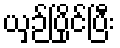
ယှဉ်ပြိုင်ပြီး